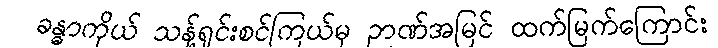
ခန္ဓာကိုယ် သန့်ရှင်းစင်ကြယ်မှ ဉာဏ်အမြင် ထက်မြက်ကြောင်း